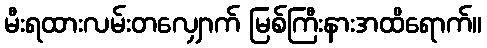
မီးရထားလမ်းတလျှောက် မြစ်ကြီးနားအထိရောက်။